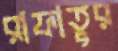
রাফাতুর